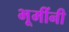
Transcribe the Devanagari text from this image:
भूमींनी